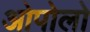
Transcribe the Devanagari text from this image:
ओपोलो